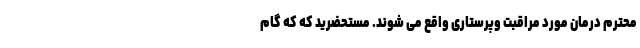
محترم درمان مورد مراقبت وپرستاری واقع می شوند. مستحضرید که که گام